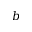
b